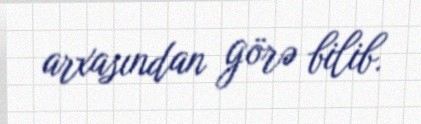
arxasından görə bilib.